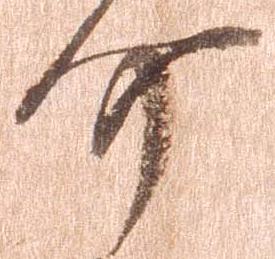
介